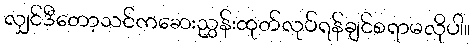
လျှင်ဒီတော့သင်ကဆေးညွှန်းထုတ်လုပ်ရန်ချင်စရာမလိုပါ။